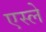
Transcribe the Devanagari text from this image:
एस्ले